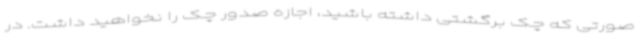
صورتی که چک برگشتی داشته باشید، اجازه صدور چک را نخواهید داشت. در